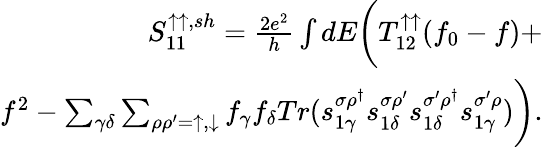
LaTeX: \begin{array}{r}{{S_{11}^{\uparrow\uparrow,sh}}=\frac{2e^{2}}{h}\int dE\bigg(T_{12}^{\uparrow\uparrow}(f_{0}-f)+}\\ {f^{2}-\sum_{\gamma\delta}\sum_{\rho\rho^{\prime}=\uparrow,\downarrow}f_{\gamma}f_{\delta}Tr(s_{1\gamma}^{\sigma\rho^{\dagger}}s_{1\delta}^{\sigma\rho^{\prime}}s_{1\delta}^{\sigma^{\prime}\rho^{\dagger}}s_{1\gamma}^{\sigma^{\prime}\rho})\bigg).}\end{array}